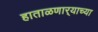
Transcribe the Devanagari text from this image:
हाताळणार्‍याच्या